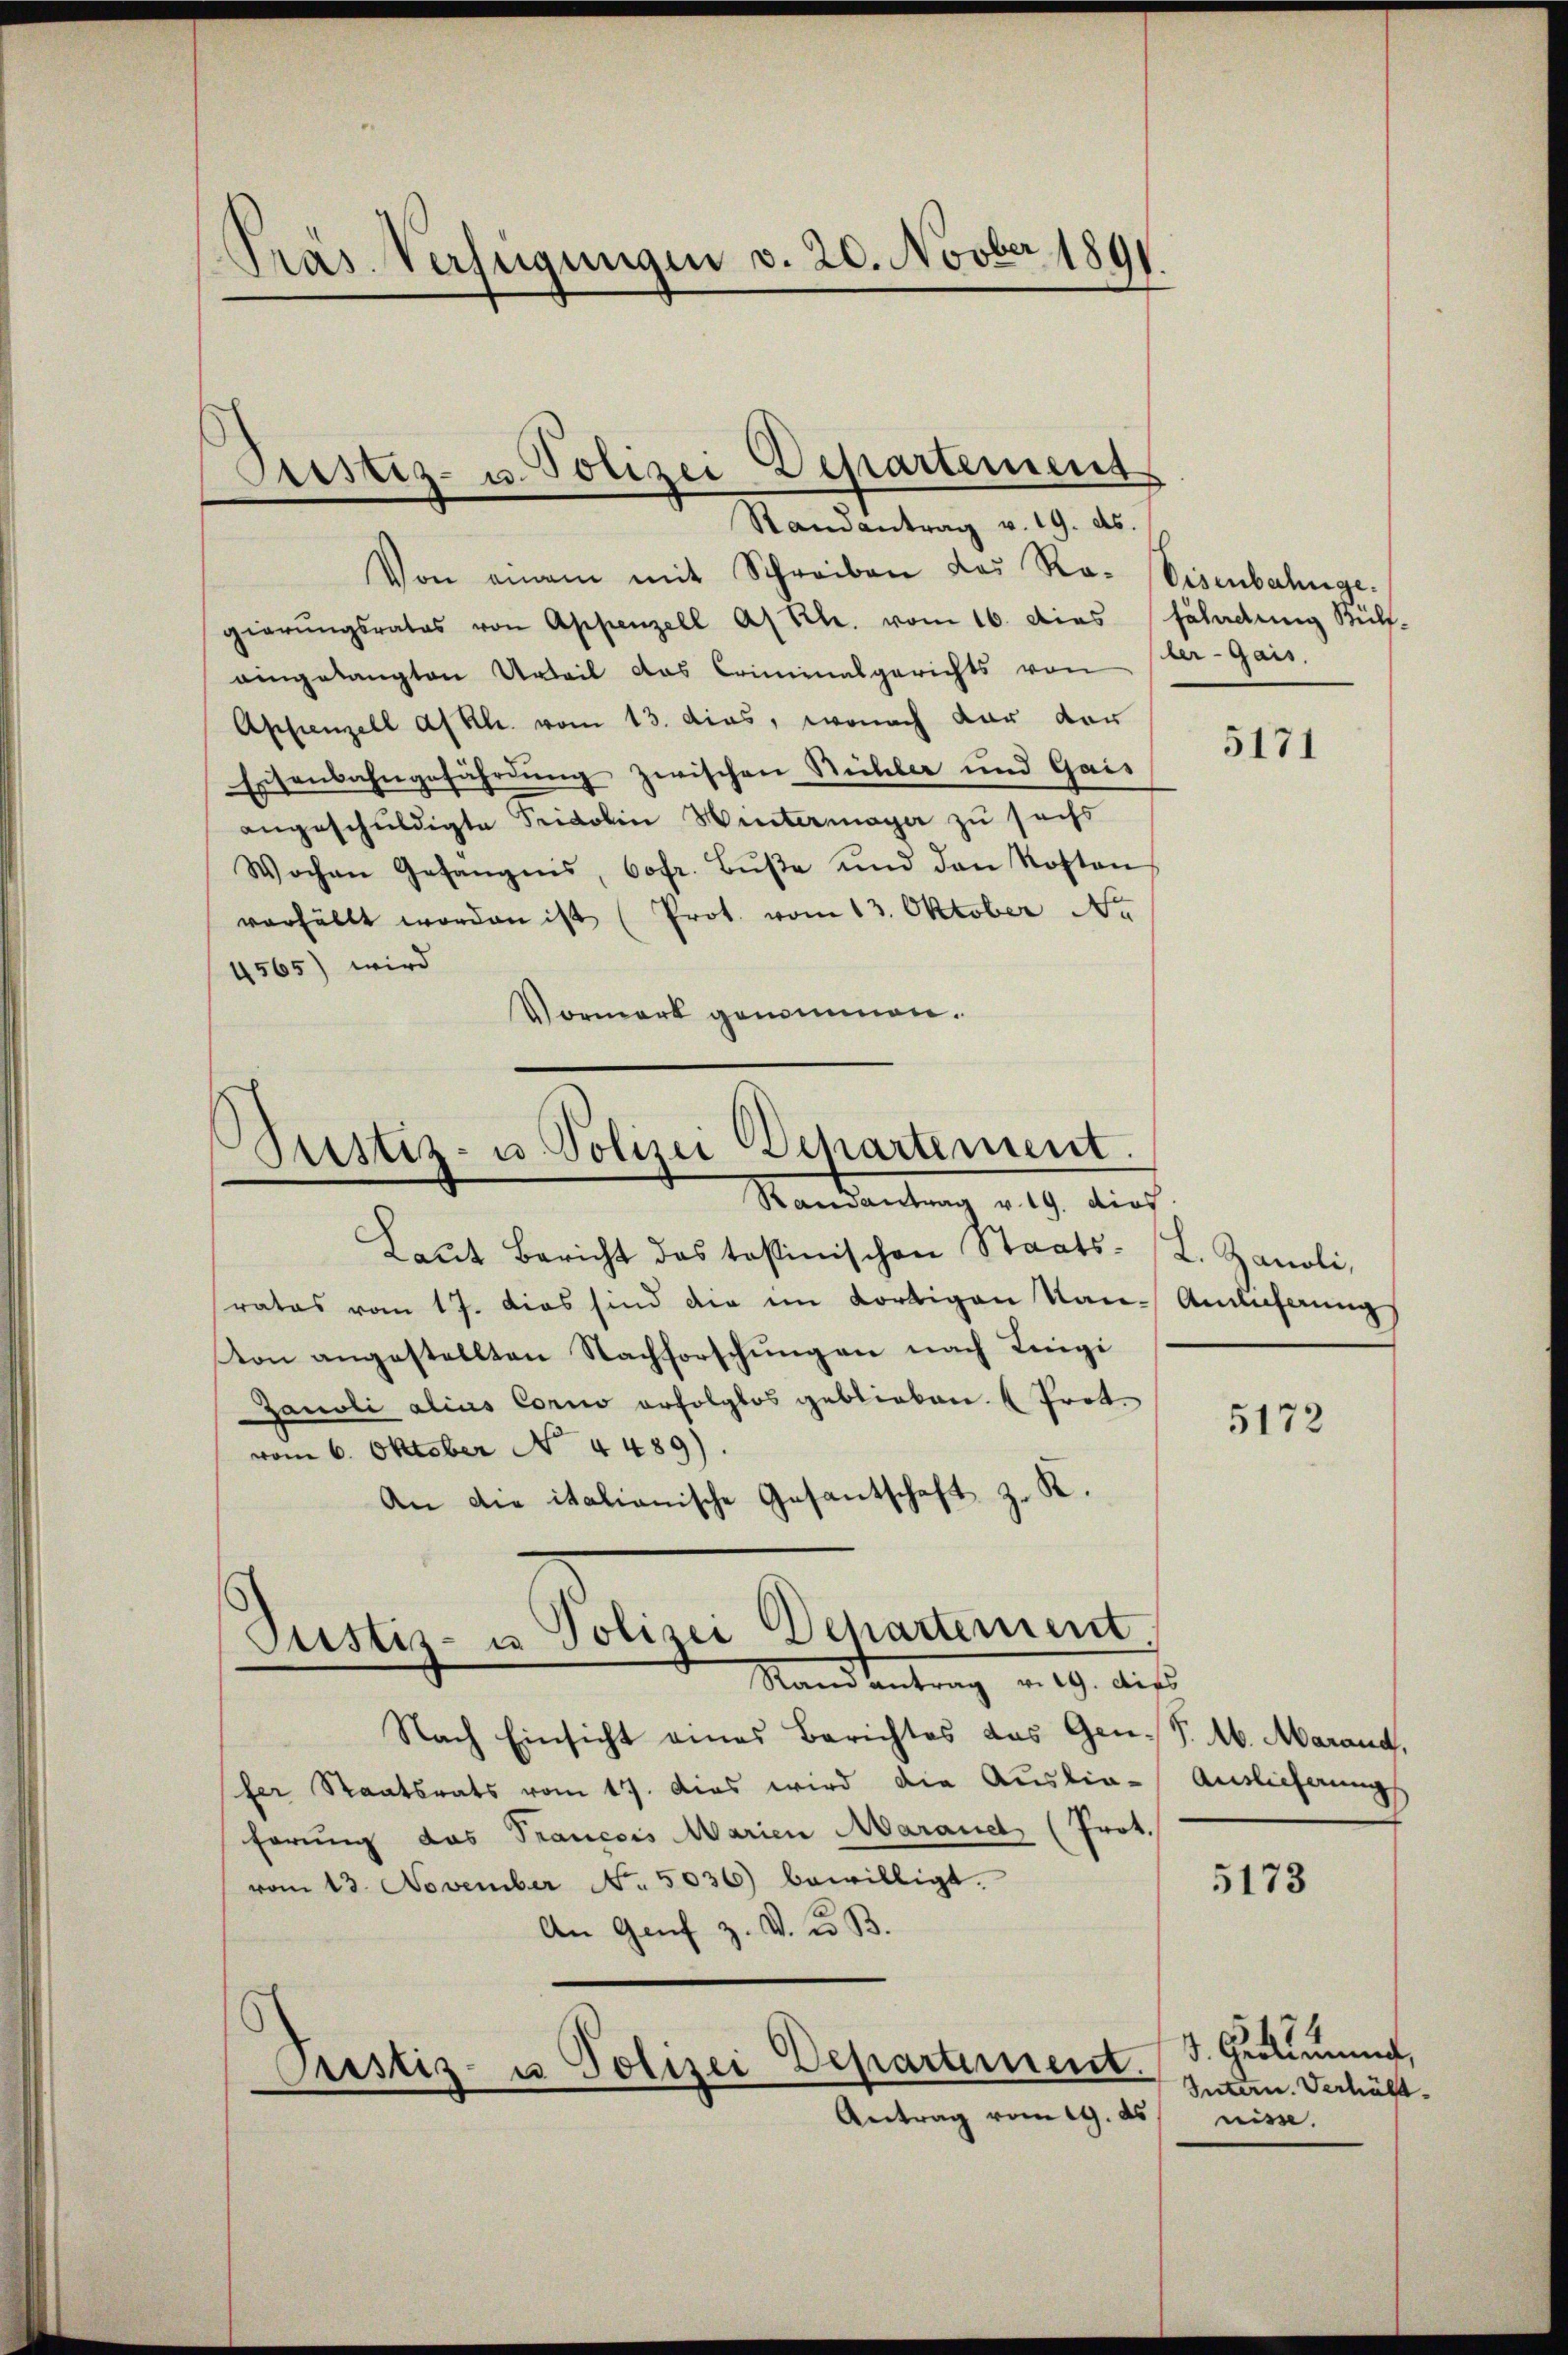
Präs. Verfügungen v. 20. Novber 1891

Von einem mit Schreiben das Ro- Eisenbahnge-
gierŭngsrates von Appenzell a/Rh. vom 16. dies schadŭng Rül-
eingelangten Urteil das Criminalgerichts von der Gais.
Appenzell a/Rh. vom 13. das, wonach vor der
Eisenbahngefährdung zwischen Stichler und Gais
angeschuldigte Tridolin Wintermager zu sechs
Wochen Gefängnis, Cofr. Bŭβe und den Kosten
verfällt worden ist (Prot. vom 13. Oktober Nr
4565) wird
Vormerk genommen.

Oristiz- u. Polizei Departement
Randantrag v. 19. ds.

ustiz- u. Polizei Departement.
Mandantung d. 9. dies

Laŭt Bericht des tostinischen Staats- (L. Zanoli,
rates vom 17. dies sind die im dortigen Kan-Andeferung
Von angestellten Nachforschungen nach Lingi
Janoli alius Corno erfolglos geblieben. ( Prot.
vom 6. Oktober No. 4489).
An die italianische Gesantschaft z. K.

Justiz- u Polizei Departement
Mandantrag v. 19. des

Nach Einsicht eines Berichtes das Gen.S. M. Marand,
fer Staatsrats vom 17. Dies wird die Auslie- Auslieferung
förung das Trancois Marien Marauet (Prot.
vom 13. November No. 5036) bewilligt.
An Genf z. V. u. B.
Custiz- u Polizei Departement.
Antrag vom 19. ds

5171

5172

5173

. Geltung,
Intern. Verhält.
nis.